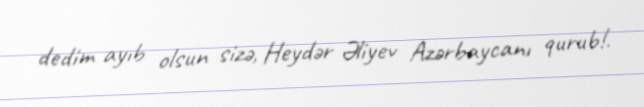
dedim ayıb olsun sizə, Heydər Əliyev Azərbaycanı qurub!.